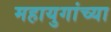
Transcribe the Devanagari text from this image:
महायुगांच्या